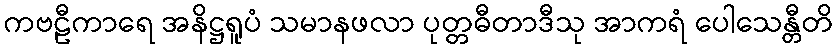
ကဗဠီကာရေ အနိဋ္ဌရူပံ သမာနဖလာ ပုတ္တဓီတာဒီသု အာကရံ ပေါသေန္တီတိ